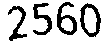
2560